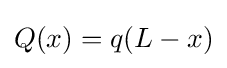
Q(x)=q(L-x)